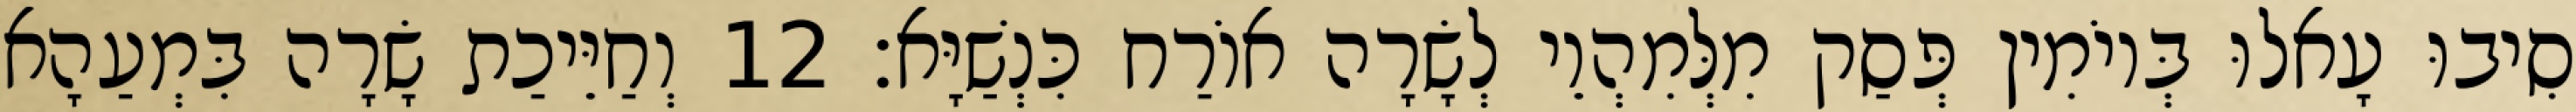
סִיבוּ עָאלוּ בְּיוֹמִין פְּסַק מִלְּמִהְוֵי לְשָׂרָה אוֹרַח כִּנְשַׁיָּא׃ 12 וְחַיֵּיכַת שָׂרָה בִּמְעַהָא